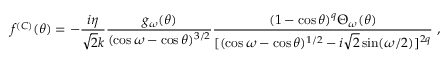
f ^ { ( C ) } ( \theta ) = - \frac { i \eta } { \sqrt 2 k } \frac { g _ { \omega } ( \theta ) } { ( \cos \omega - \cos \theta ) ^ { 3 / 2 } } \frac { ( 1 - \cos \theta ) ^ { q } \Theta _ { \omega } ( \theta ) } { [ ( \cos \omega - \cos \theta ) ^ { 1 / 2 } - i \sqrt 2 \sin ( \omega / 2 ) ] ^ { 2 q } } \ ,